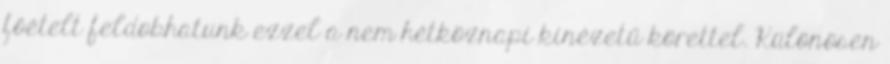
főételt feldobhatunk ezzel a nem hétköznapi kinézetű körettel. Különösen